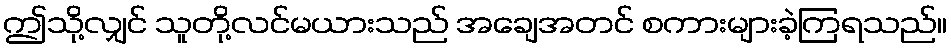
ဤသို့လျှင် သူတို့လင်မယားသည် အချေအတင် စကားများခဲ့ကြရသည်။